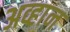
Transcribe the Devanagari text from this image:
अव्हान